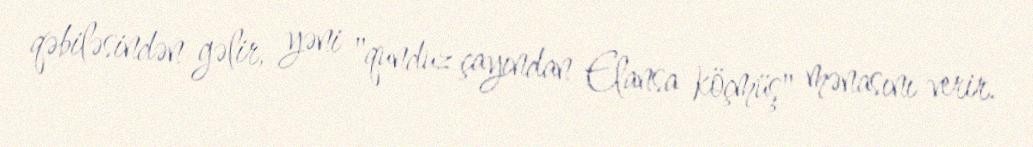
qəbiləsindən gəlir, yəni "qunduz çayından Elansa köçmüş" mənasını verir.